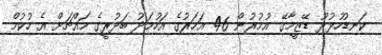
ކަނޑުހުޅުދޫ ޑޭޒީމާގޭ އުމުރުން 46 އަހަރުގެ އަހުމަދު ބަދުރީގެ މައްޗަށް އެ ހުކުމް